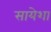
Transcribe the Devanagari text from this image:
सायेशा